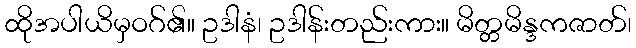
ထိုအပါယိမှဝဂ်၏။ ဥဒါနံ၊ ဥဒါန်းတည်းကား။ မိတ္တမိန္ဒကဇာတ်၊